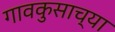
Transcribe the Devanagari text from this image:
गावकुसाच्या